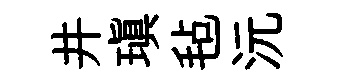
井瑱毡沅